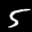
Label: 5